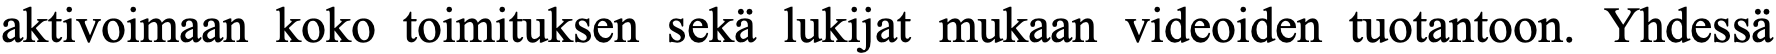
aktivoimaan koko toimituksen sekä lukijat mukaan videoiden tuotantoon. Yhdessä